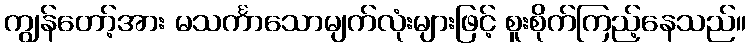
ကျွန်တော့်အား မသင်္ကာသောမျက်လုံးများဖြင့် စူးစိုက်ကြည့်နေသည်။